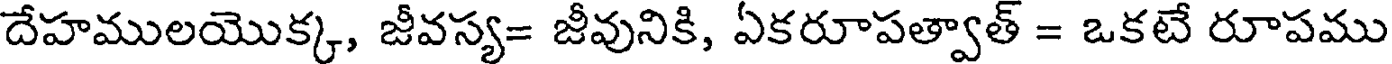
దేహములయొక్క, జీవస్య= జీవునికి, ఏకరూపత్వాత్ = ఒకటే రూపము